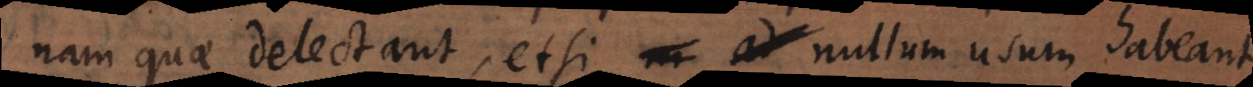
nam quae delectant, etsi nullum usum habeant,